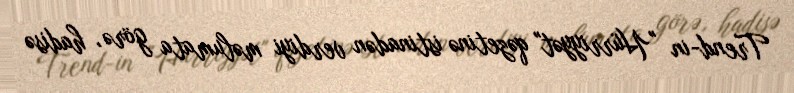
Trend-in "Hürriyyət" qəzetinə istinadən verdiyi məlumata görə, hadisə